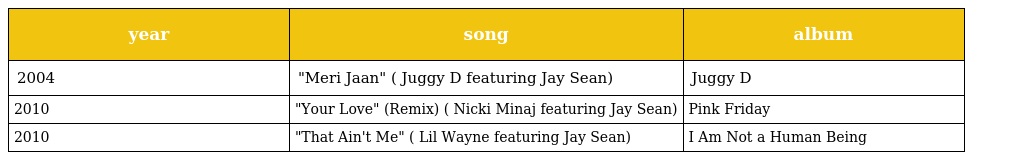
| year | song | album |
 | --- | --- | --- |
 | 2004 | "Meri Jaan" ( Juggy D featuring Jay Sean) | Juggy D |
 | 2010 | "Your Love" (Remix) ( Nicki Minaj featuring Jay Sean) | Pink Friday |
 | 2010 | "That Ain't Me" ( Lil Wayne featuring Jay Sean) | I Am Not a Human Being |